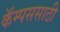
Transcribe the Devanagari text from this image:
कॅम्पससाठी